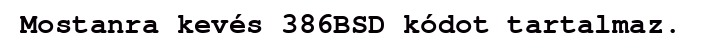
Mostanra kevés 386BSD kódot tartalmaz.